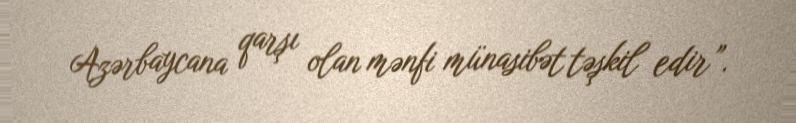
Azərbaycana qarşı olan mənfi münasibət təşkil edir”.